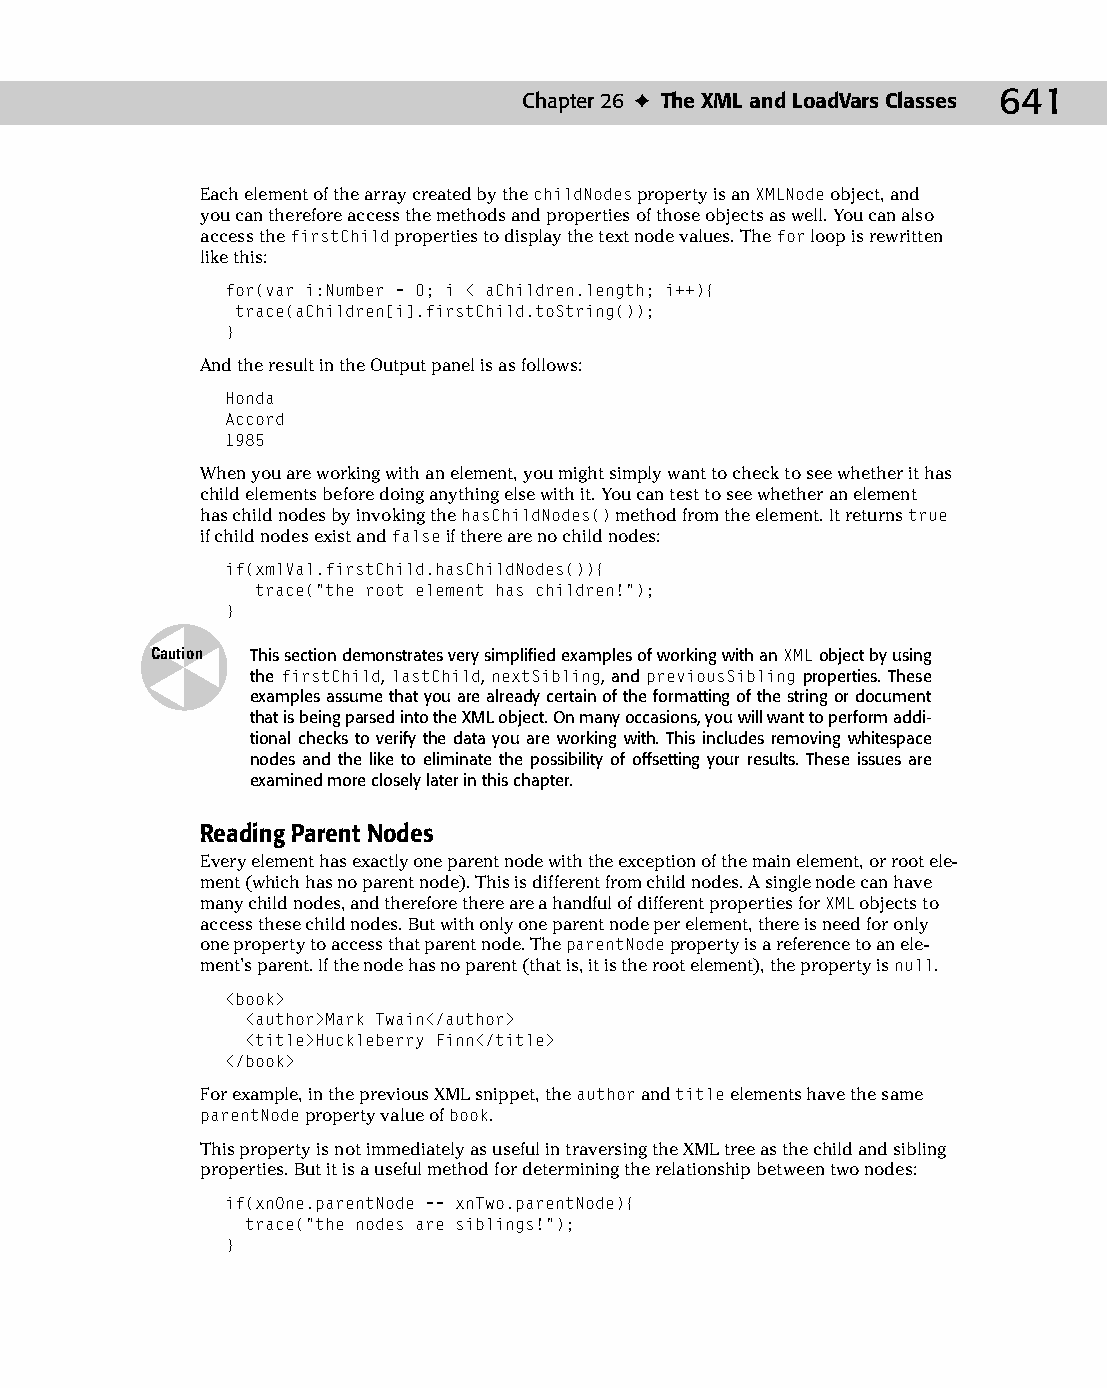
34 543547 ch26.qxd 3/24/04 4:08 PM Page 641
 Chapter 26 ✦ The XML and LoadVars Classes 641
 Each element of the array created by the childNodes property is an XMLNode object, and
 you can therefore access the methods and properties of those objects as well. You can also
 access the firstChild properties to display the text node values. The for loop is rewritten
 like this:
 for(var i:Number = 0; i < aChildren.length; i++){
 trace(aChildren[i].firstChild.toString());
 }
 And the result in the Output panel is as follows:
 Honda
 Accord
 1985
 When you are working with an element, you might simply want to check to see whether it has
 child elements before doing anything else with it. You can test to see whether an element
 has child nodes by invoking the hasChildNodes() method from the element. It returns true
 if child nodes exist and false if there are no child nodes:
 if(xmlVal.firstChild.hasChildNodes()){
 trace(“the root element has children!”);
 }
 Caution This section demonstrates very simplified examples of working with an XML object by using
 the firstChild, lastChild, nextSibling, and previousSibling properties. These
 examples assume that you are already certain of the formatting of the string or document
 that is being parsed into the XML object. On many occasions, you will want to perform addi­
 tional checks to verify the data you are working with. This includes removing whitespace
 nodes and the like to eliminate the possibility of offsetting your results. These issues are
 examined more closely later in this chapter.
 Reading Parent Nodes
 Every element has exactly one parent node with the exception of the main element, or root ele­
 ment (which has no parent node). This is different from child nodes. A single node can have
 many child nodes, and therefore there are a handful of different properties for XML objects to
 access these child nodes. But with only one parent node per element, there is need for only
 one property to access that parent node. The parentNode property is a reference to an ele-
 ment’s parent. If the node has no parent (that is, it is the root element), the property is null.
 <book>
 <author>Mark Twain</author>
 <title>Huckleberry Finn</title>
 </book>
 For example, in the previous XML snippet, the author and title elements have the same
 parentNode property value of book.
 This property is not immediately as useful in traversing the XML tree as the child and sibling
 properties. But it is a useful method for determining the relationship between two nodes:
 if(xnOne.parentNode == xnTwo.parentNode){
 trace(“the nodes are siblings!”);
 }